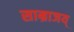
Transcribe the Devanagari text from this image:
साम्राजय्